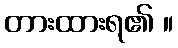
တားထားရ၏ ။